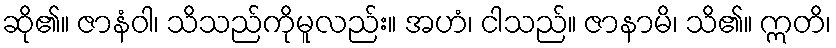
ဆို၏။ ဇာနံဝါ၊ သိသည်ကိုမူလည်း။ အဟံ၊ ငါသည်။ ဇာနာမိ၊ သိ၏။ ဣတိ၊